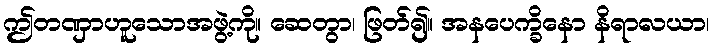
ဤတဏှာဟူသောအဖွဲ့ကို။ ဆေတွာ၊ ဖြတ်၍။ အနပေက္ခိနော နိရာလယာ၊